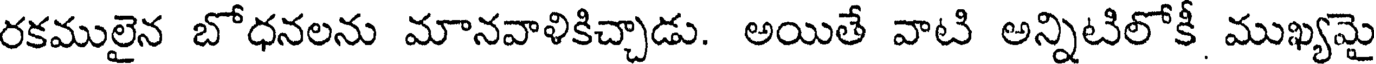
రకములైన బోధనలను మానవాళికిచ్చాడు. అయితే వాటి అన్నిటిలోకీ ముఖ్యమై